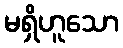
မရှိဟူသော